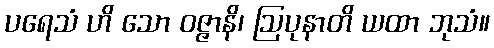
ပရေသံ ဟိ သော ဝဇ္ဇာနိ၊ ဩပုနာတိ ယထာ ဘုသံ။